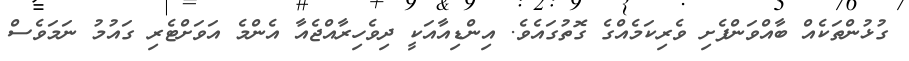
ގުޅުންތަކެއް ބާއްވަންފެށި ވެރިކަމެއްގެ ގޮތުގައެވެ. އިންޑިއާއަކީ ދިވެހިރާއްޖެއާ އެންމެ އަވަށްޓެރި ގައުމު ނަމަވެސް